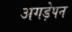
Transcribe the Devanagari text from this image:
अगड़ेपन